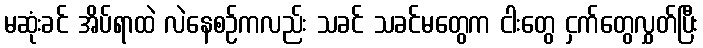
မဆုံးခင် အိပ်ရာထဲ လဲနေစဉ်ကလည်း သခင် သခင်မတွေက ငါးတွေ ငှက်တွေလွှတ်ပြီး